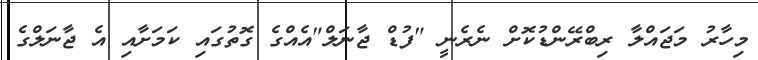
މިހާރު މަޖައްލާ ރިބްރޭންޑުކޮށް ނެރެނީ "ފުޑް ޖާނަލް"އެއްގެ ގޮތުގައި ކަމަށާއި އެ ޖާނަލްގެ